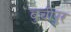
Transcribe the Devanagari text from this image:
बुचीपुर